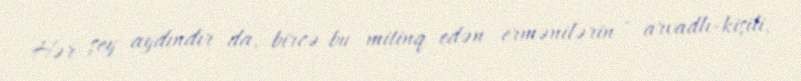
Hər şey aydındır da, bircə bu mitinq edən ermənilərin - arvadlı-kişili,